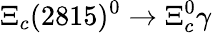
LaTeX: \Xi_{c}(2815)^{0}\to\Xi_{c}^{0}\gamma